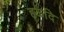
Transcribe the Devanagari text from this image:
हळदि